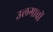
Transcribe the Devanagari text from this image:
उलगावों